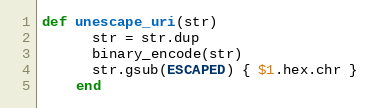
Language: Ruby
def unescape_uri(str)
      str = str.dup
      binary_encode(str)
      str.gsub(ESCAPED) { $1.hex.chr }
    end